342_HS1-416511228_319.1 Flying Discs 1949
Agency: Department of War
Incident date: 1/9/50
Page 43
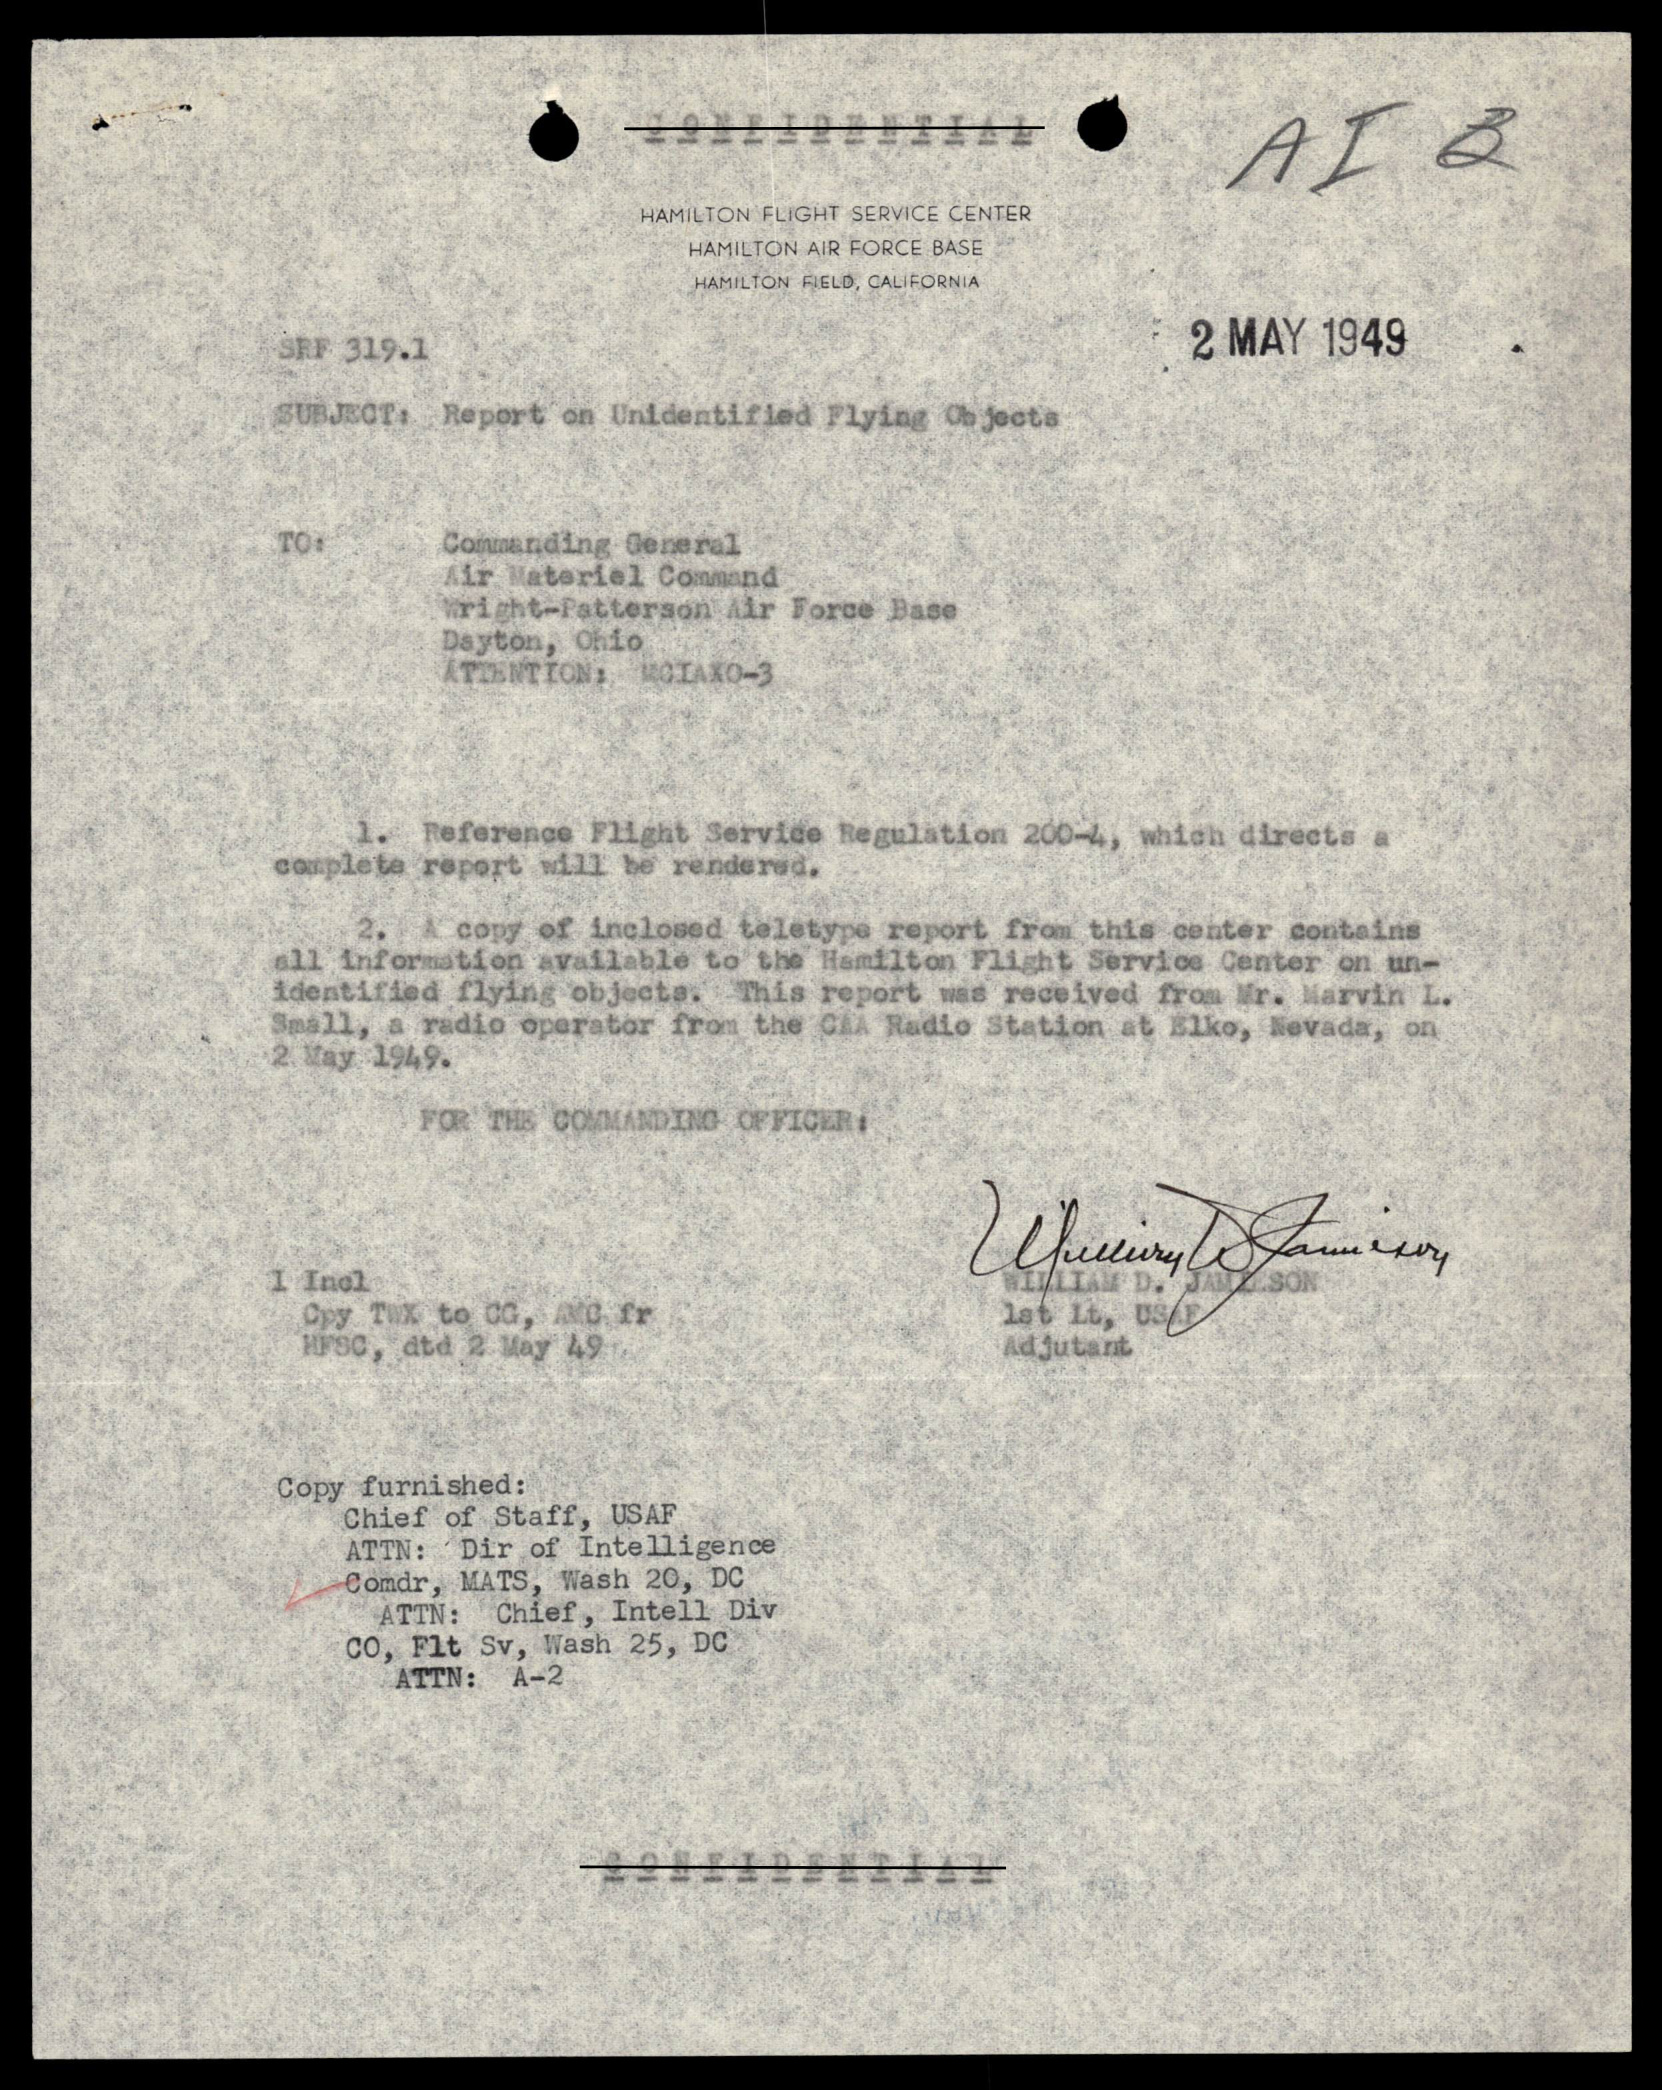